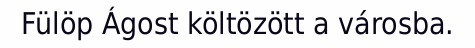
Fülöp Ágost költözött a városba.